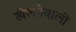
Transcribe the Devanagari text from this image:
खेलनेवाली